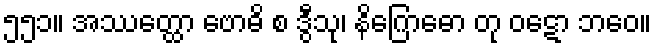
၅၅၁။ အဿတ္ထော ဗောဓိ စ ဒွီသု၊ နိဂြောဓော တု ဝဋော ဘဝေ။